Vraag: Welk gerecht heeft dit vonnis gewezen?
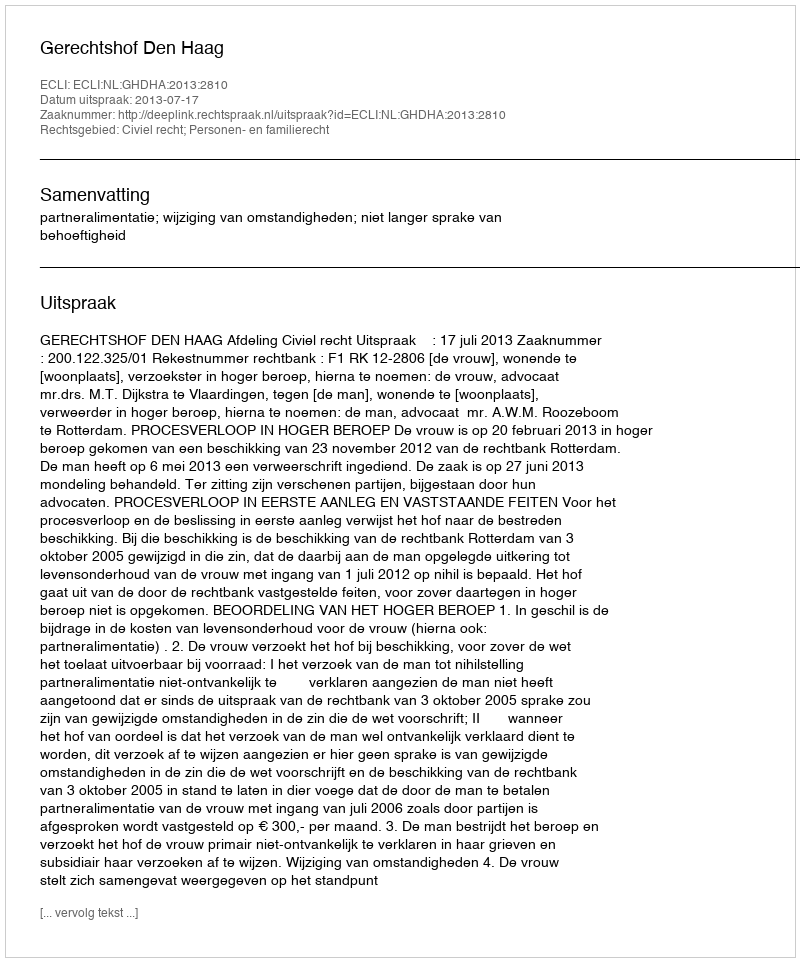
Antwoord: Gerechtshof Den Haag